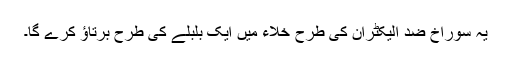
یہ سوراخ ضد الیکٹران کی طرح خلاء میں ایک بلبلے کی طرح برتاؤ کرے گا۔